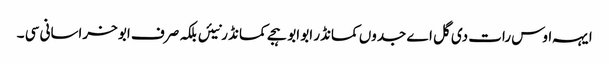
ایہہ اوس رات دی گل اے جدوں کمانڈر ابو ابو ہجے کمانڈ ر نیئں بلکہ صرف ابو خراسانی سی ۔